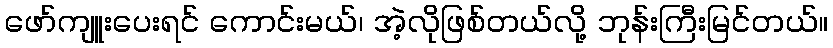
ဖော်ကျူးပေးရင် ကောင်းမယ်၊ အဲ့လိုဖြစ်တယ်လို့ ဘုန်းကြီးမြင်တယ်။